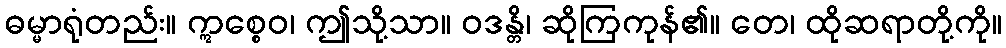
ဓမ္မာရုံတည်း။ ဣစ္စေဝ၊ ဤသို့သာ။ ဝဒန္တိ၊ ဆိုကြကုန်၏။ တေ၊ ထိုဆရာတို့ကို။